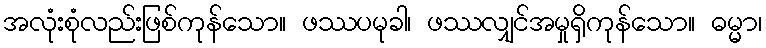
အလုံးစုံလည်းဖြစ်ကုန်သော။ ဖဿပမုခါ၊ ဖဿလျှင်အမှုရှိကုန်သော။ ဓမ္မာ၊